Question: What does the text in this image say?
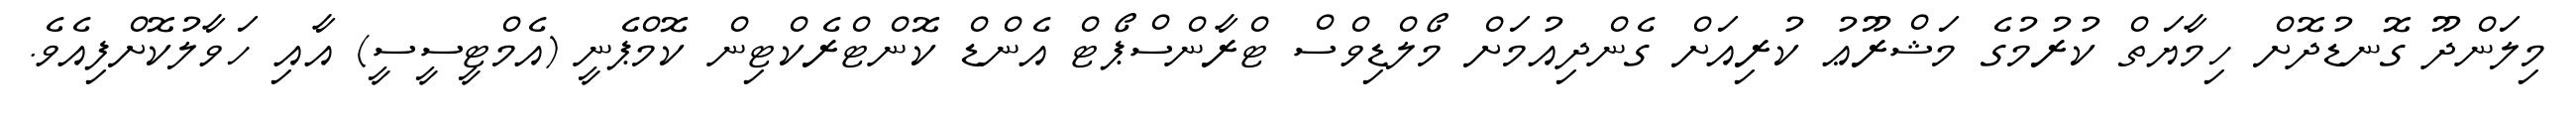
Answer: މިލަންދޫ ގޮނޑުދޮށް ހިމާޔަތް ކުރުމުގެ މަޝްރޫޢު ކުރިއަށް ގެންދިއުމަށް މޯލްޑިވްސް ޓްރާންސްޕޯޓް އެންޑް ކޮންޓްރެކްޓިން ކޮމްޕެނީ (އެމްޓީސީސީ) އާއި ހަވާލުކޮށްފިއެވެ.